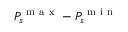
P _ { s } ^ { \mathrm { ~ m ~ a ~ x ~ } } - P _ { s } ^ { \mathrm { ~ m ~ i ~ n ~ } }